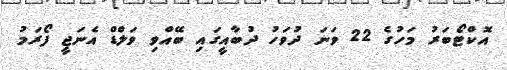
އޮކްޓޯބަރު މަހުގެ 22 ވަނަ ދުވަހު ދުބާއީގައި ބޭއްވި ވަލްޑް އެނަޖީ ފޯރަމު